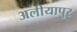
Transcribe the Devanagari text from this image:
अलीयापुर